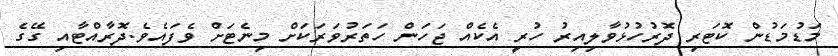
މަޑުމަޑުން ކޮޓަރި ދޮރުހުޅުވާލިއިރު ހުރީ އެކެއް ޖަހަން ހަތަރުވަރަކަށް މިނެޓަށް ވެފައެވެ.ދޮރާއްޓާއި ގޭގެ